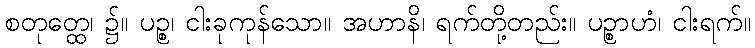
စတုတ္ထေ၊ ၌။ ပဉ္စ၊ ငါးခုကုန်သော။ အဟာနိ၊ ရက်တို့တည်း။ ပဉ္စာဟံ၊ ငါးရက်။